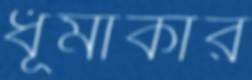
ধূমাকার